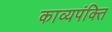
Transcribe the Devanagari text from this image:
काव्यपंक्ति